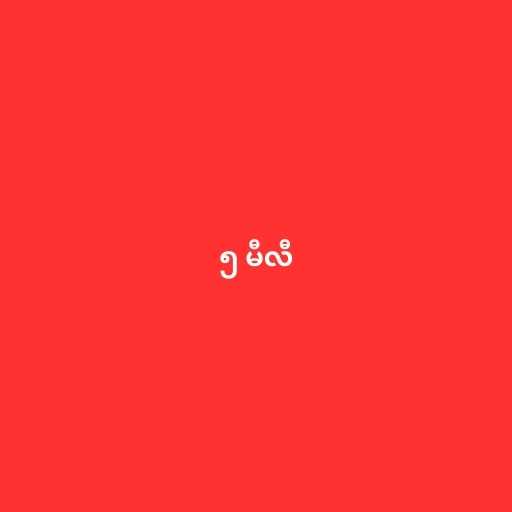
၅ မီလီ